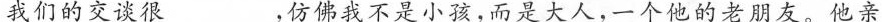
我们的交谈很___，仿佛我不是小孩，而是大人，一个他的老朋友。他亲